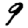
Digit: 9